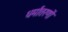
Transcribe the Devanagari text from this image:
धर्मांतरणों